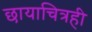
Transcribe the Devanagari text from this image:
छायाचित्रही